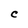
Character: C